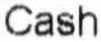
CASH